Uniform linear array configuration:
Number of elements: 64
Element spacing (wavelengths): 0.5
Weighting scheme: exponential
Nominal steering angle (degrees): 15
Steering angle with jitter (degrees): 13.835
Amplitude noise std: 0.05
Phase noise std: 0.05

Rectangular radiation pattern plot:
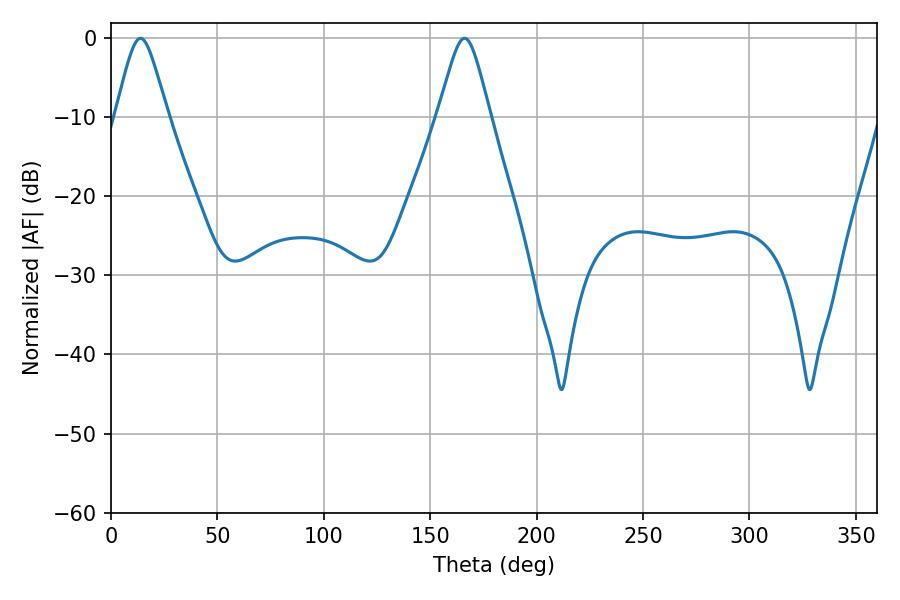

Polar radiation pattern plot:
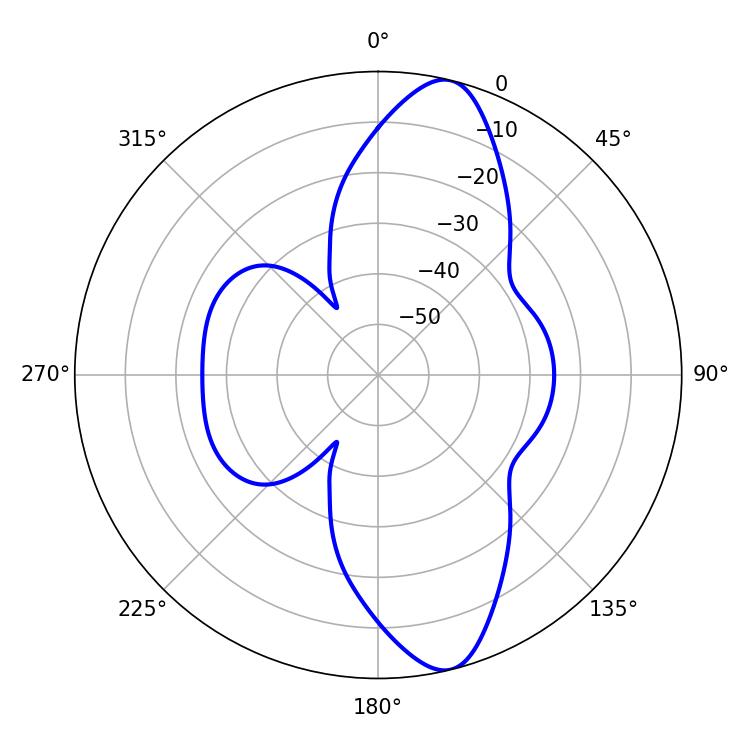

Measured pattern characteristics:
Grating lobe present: FALSE
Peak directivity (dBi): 12.204
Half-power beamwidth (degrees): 11.7
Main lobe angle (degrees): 13.86